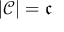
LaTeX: | { \mathcal { C } } | = { \mathfrak { c } }